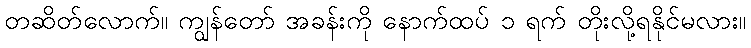
တဆိတ်လောက်။ ကျွန်တော် အခန်းကို နောက်ထပ် ၁ ရက် တိုးလို့ရနိုင်မလား။